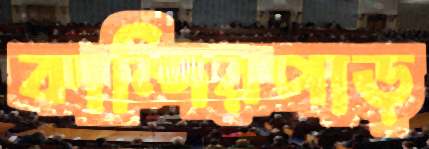
কান্দিরপাড়